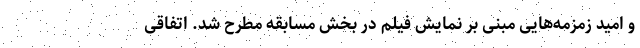
و امید زمزمه‌هایی مبنی بر نمایش فیلم در بخش مسابقه مطرح شد. اتفاقی